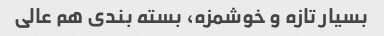
بسیار تازه و خوشمزه، بسته بندی هم عالی